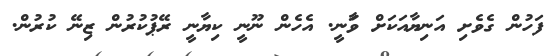
ފަހުން ގެވެށި އަނިޔާއަކަށް ވަާނީ. އެހެން ނޫނީ ކިޔާނީ ރޭޕުކުރުން ޒިނޭ ކުރުން.